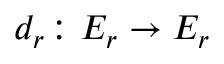
d _ { r } \colon E _ { r } \to E _ { r }